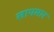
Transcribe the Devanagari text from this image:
सापमार